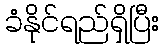
ခံနိုင်ရည်ရှိပြီး